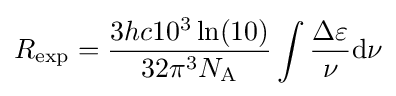
R_{\mathrm {exp} }={\frac {3hc10^{3}\ln(10)}{32\pi ^{3}N_{\mathrm {A} }}}\int {\frac {\Delta \varepsilon }{\nu }}\mathrm {d} {\nu }